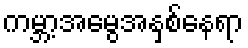
ကမ္ဘာ့အမွေအနှစ်နေရာ